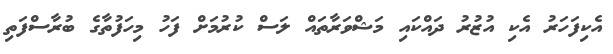
އެކިފަހަރު އެކި އުޒުރު ދައްކައި މަޝްވަރާތައް ލަސް ކުރުމަށް ފަހު މިހަފުތާގެ ބުރާސްފަތި